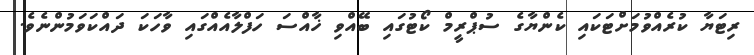
ރިޓަޔާ ކުރެއްވުމަށްޓަކައި ކެންޔާގެ ސުޕްރީމް ކޯޓުގައި ބޭއްވި ޚާއްސަ ހަފްލާއެއްގައި ވާހަކަ ދައްކަވަމުންނެވެ.